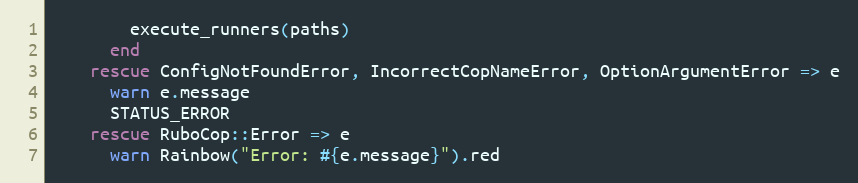
Language: Ruby
        execute_runners(paths)
      end
    rescue ConfigNotFoundError, IncorrectCopNameError, OptionArgumentError => e
      warn e.message
      STATUS_ERROR
    rescue RuboCop::Error => e
      warn Rainbow("Error: #{e.message}").red